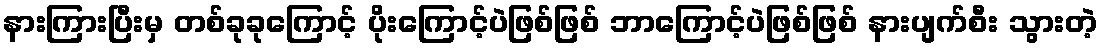
နားကြားပြီးမှ တစ်ခုခုကြောင့် ပိုးကြောင့်ပဲဖြစ်ဖြစ် ဘာကြောင့်ပဲဖြစ်ဖြစ် နားပျက်စီး သွားတဲ့